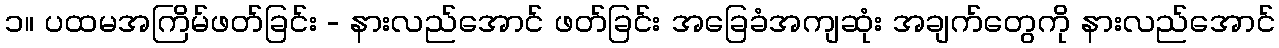
၁။ ပထမအကြိမ်ဖတ်ခြင်း - နားလည်အောင် ဖတ်ခြင်း အခြေခံအကျဆုံး အချက်တွေကို နားလည်အောင်